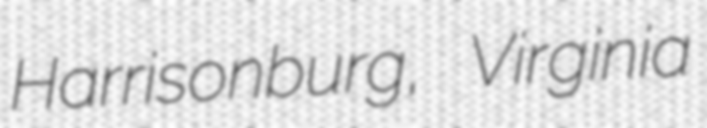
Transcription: Harrisonburg, Virginia